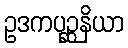
ဥဒကပုဉ္ဆနိယာ